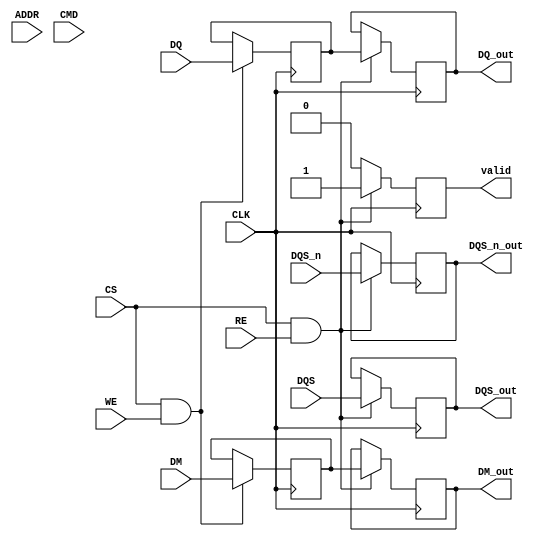
module gddr4_io_block #(
    parameter DATA_WIDTH = 64,    // Data width: 32, 64, or 128 bits
    parameter DQS_DELAY = 2        // Delay for DQS signal (for alignment)
)(
    // Input signals
    input wire [DATA_WIDTH-1:0] DQ,         // Data input
    input wire DQS,                          // Data strobe input
    input wire DQS_n,                        // Inverted data strobe input
    input wire [DATA_WIDTH/8-1:0] DM,       // Data mask input
    input wire CLK,                          // Clock input
    input wire CS,                           // Chip select
    input wire WE,                           // Write enable
    input wire RE,                           // Read enable
    input wire [31:0] ADDR,                  // Address input
    input wire [7:0] CMD,                    // Command input

    // Output signals
    output reg [DATA_WIDTH-1:0] DQ_out,     // Data output
    output reg DQS_out,                      // Data strobe output
    output reg DQS_n_out,                    // Inverted data strobe output
    output reg [DATA_WIDTH/8-1:0] DM_out,   // Data mask output
    output reg valid                          // Output valid signal
);

    // Internal signals
    reg [DATA_WIDTH-1:0] data_reg;
    reg [DATA_WIDTH/8-1:0] dm_reg;

    // Input Buffer
    always @(posedge CLK) begin
        if (CS && WE) begin
            data_reg <= DQ;                   // Capture data on write
            dm_reg <= DM;                     // Capture data mask
        end
    end

    // Output Buffer
    always @(posedge CLK) begin
        if (CS && RE) begin
            DQ_out <= data_reg;               // Output data on read
            DQS_out <= DQS;                   // Output data strobe
            DQS_n_out <= DQS_n;               // Output inverted data strobe
            DM_out <= dm_reg;                 // Output data mask
            valid <= 1'b1;                    // Indicate valid output
        end else begin
            valid <= 1'b0;                    // Clear valid signal
        end
    end

    // Clock Management (Placeholder for PLL implementation)
    // This can include PLL instantiation and clock distribution logic

    // Data Alignment Logic (Placeholder)
    // Implement data alignment logic based on DQS and DQS_n signals

    // Training Circuits (Placeholder)
    // Implement training circuits for calibration and optimization

endmodule